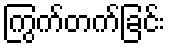
ကြွက်တက်ခြင်း